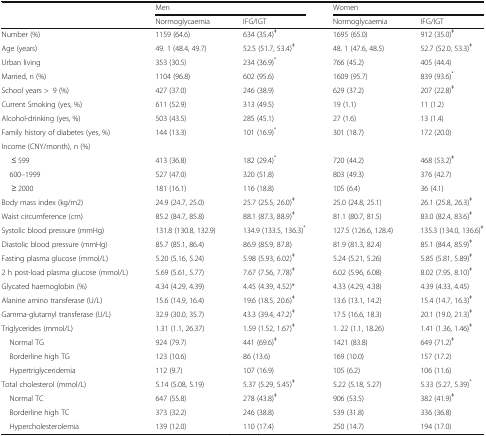
<table><thead><tr><td rowspan="2"></td><td colspan="2"><b>Men</b></td><td colspan="2"><b>Women</b></td></tr><tr><td><b>Normoglycaemia</b></td><td><b>IFG/IGT</b></td><td><b>Normoglycaemia</b></td><td><b>IFG/IGT</b></td></tr></thead><tbody><tr><td>Number (%)</td><td>1159 (64.6)</td><td>634 (35.4)<sup>ǂ</sup></td><td>1695 (65.0)</td><td>912 (35.0)<sup>ǂ</sup></td></tr><tr><td>Age (years)</td><td>49. 1 (48.4, 49.7)</td><td>52.5 (51.7, 53.4)<sup>ǂ</sup></td><td>48. 1 (47.6, 48.5)</td><td>52.7 (52.0, 53.3)<sup>ǂ</sup></td></tr><tr><td>Urban living</td><td>353 (30.5)</td><td>234 (36.9)<sup>*</sup></td><td>766 (45.2)</td><td>405 (44.4)</td></tr><tr><td>Married, n (%)</td><td>1104 (96.8)</td><td>602 (95.6)</td><td>1609 (95.7)</td><td>839 (93.6)<sup>*</sup></td></tr><tr><td>School years &gt;9 (%)</td><td>427 (37.0)</td><td>246 (38.9)</td><td>629 (37.2)</td><td>207 (22.8)<sup>ǂ</sup></td></tr><tr><td>Current Smoking (yes, %)</td><td>611 (52.9)</td><td>313 (49.5)</td><td>19 (1.1)</td><td>11 (1.2)</td></tr><tr><td>Alcohol-drinking (yes, %)</td><td>503 (43.5)</td><td>285 (45.1)</td><td>27 (1.6)</td><td>13 (1.4)</td></tr><tr><td>Family history of diabetes (yes, %)</td><td>144 (13.3)</td><td>101 (16.9)<sup>*</sup></td><td>301 (18.7)</td><td>172 (20.0)</td></tr><tr><td colspan="5">Income (CNY/month), n (%)</td></tr><tr><td>≤ 599</td><td>413 (36.8)</td><td>182 (29.4)<sup>*</sup></td><td>720 (44.2)</td><td>468 (53.2)<sup>ǂ</sup></td></tr><tr><td> 600–1999</td><td>527 (47.0)</td><td>320 (51.8)</td><td>803 (49.3)</td><td>376 (42.7)</td></tr><tr><td>≥ 2000</td><td>181 (16.1)</td><td>116 (18.8)</td><td>105 (6.4)</td><td>36 (4.1)</td></tr><tr><td>Body mass index (kg/m2)</td><td>24.9 (24.7, 25.0)</td><td>25.7 (25.5, 26.0)<sup>ǂ</sup></td><td>25.0 (24.8, 25.1)</td><td>26.1 (25.8, 26.3)<sup>ǂ</sup></td></tr><tr><td>Waist circumference (cm)</td><td>85.2 (84.7, 85.8)</td><td>88.1 (87.3, 88.9)<sup>ǂ</sup></td><td>81.1 (80.7, 81.5)</td><td>83.0 (82.4, 83.6)<sup>ǂ</sup></td></tr><tr><td>Systolic blood pressure (mmHg)</td><td>131.8 (130.8, 132.9)</td><td>134.9 (133.5, 136.3)<sup>*</sup></td><td>127.5 (126.6, 128.4)</td><td>135.3 (134.0, 136.6)<sup>ǂ</sup></td></tr><tr><td>Diastolic blood pressure (mmHg)</td><td>85.7 (85.1, 86.4)</td><td>86.9 (85.9, 87.8)</td><td>81.9 (81.3, 82.4)</td><td>85.1 (84.4, 85.9)<sup>ǂ</sup></td></tr><tr><td>Fasting plasma glucose (mmol/L)</td><td>5.20 (5.16, 5.24)</td><td>5.98 (5.93, 6.02)<sup>ǂ</sup></td><td>5.24 (5.21, 5.26)</td><td>5.85 (5.81, 5.89)<sup>ǂ</sup></td></tr><tr><td>2 h post-load plasma glucose (mmol/L)</td><td>5.69 (5.61, 5.77)</td><td>7.67 (7.56, 7.78)<sup>ǂ</sup></td><td>6.02 (5.96, 6.08)</td><td>8.02 (7.95, 8.10)<sup>ǂ</sup></td></tr><tr><td>Glycated haemoglobin (%)</td><td>4.34 (4.29, 4.39)</td><td>4.45 (4.39, 4.52)*</td><td>4.33 (4.29, 4.38)</td><td>4.39 (4.33, 4.45)</td></tr><tr><td>Alanine amino transferase (U/L)</td><td>15.6 (14.9, 16.4)</td><td>19.6 (18.5, 20.6)<sup>ǂ</sup></td><td>13.6 (13.1, 14.2)</td><td>15.4 (14.7, 16.3)<sup>ǂ</sup></td></tr><tr><td>Gamma-glutamyl transferase (U/L)</td><td>32.9 (30.0, 35.7)</td><td>43.3 (39.4, 47.2)<sup>ǂ</sup></td><td>17.5 (16.6, 18.3)</td><td>20.1 (19.0, 21.3)<sup>ǂ</sup></td></tr><tr><td>Triglycerides (mmol/L)</td><td>1.31 (1.1, 26.37)</td><td>1.59 (1.52, 1.67)<sup>ǂ</sup></td><td>1. 22 (1.1, 18.26)</td><td>1.41 (1.36, 1.46)<sup>ǂ</sup></td></tr><tr><td> Normal TG</td><td>924 (79.7)</td><td>441 (69.6)<sup>ǂ</sup></td><td>1421 (83.8)</td><td>649 (71.2)<sup>ǂ</sup></td></tr><tr><td> Borderline high TG</td><td>123 (10.6)</td><td>86 (13.6)</td><td>169 (10.0)</td><td>157 (17.2)</td></tr><tr><td> Hypertriglyceridemia</td><td>112 (9.7)</td><td>107 (16.9)</td><td>105 (6.2)</td><td>106 (11.6)</td></tr><tr><td>Total cholesterol (mmol/L)</td><td>5.14 (5.08, 5.19)</td><td>5.37 (5.29, 5.45)<sup>ǂ</sup></td><td>5.22 (5.18, 5.27)</td><td>5.33 (5.27, 5.39)<sup>*</sup></td></tr><tr><td> Normal TC</td><td>647 (55.8)</td><td>278 (43.8)<sup>ǂ</sup></td><td>906 (53.5)</td><td>382 (41.9)<sup>ǂ</sup></td></tr><tr><td> Borderline high TC</td><td>373 (32.2)</td><td>246 (38.8)</td><td>539 (31.8)</td><td>336 (36.8)</td></tr><tr><td> Hypercholesterolemia</td><td>139 (12.0)</td><td>110 (17.4)</td><td>250 (14.7)</td><td>194 (17.0)</td></tr></tbody></table>